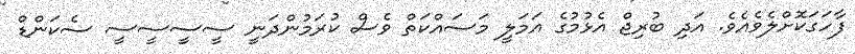
ފާހަގަކޮށްލެވެއެވެ. އަދި ބުރިޖް އެޅުމުގެ އަމަލީ މަސައްކަތް ވެސް ކުރަމުންދަނީ ސީސީސީސީ ސެކަންޑް